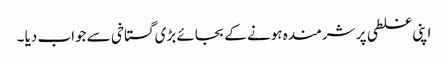
اپنی غلطی پر شرمندہ ہونے کے بجائے بڑی گستاخی سے جواب دیا ۔